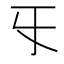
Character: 㸦